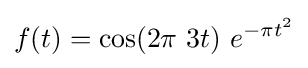
f(t)=\cos(2\pi \ 3t)\ e^{-\pi t^{2}}